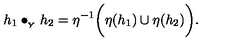
h _ { 1 } \bullet _ { { } _ { Y } } h _ { 2 } = \eta ^ { - 1 } \bigg ( \eta ( h _ { 1 } ) \cup \eta ( h _ { 2 } ) \bigg ) .